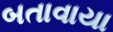
બતાવાયા